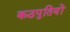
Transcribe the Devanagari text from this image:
कठपुतियों